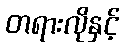
တရားလိုနှင့်